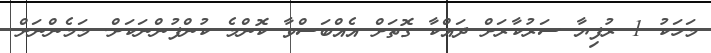
މަހަކު 1 ރުފިޔާ ސަރުކާރަށް ދައްކާ ގޮތަށް އެއްބަަސްވާ ކޮންމެ ކުންފުންނަކަށް. މަމެންނަށް